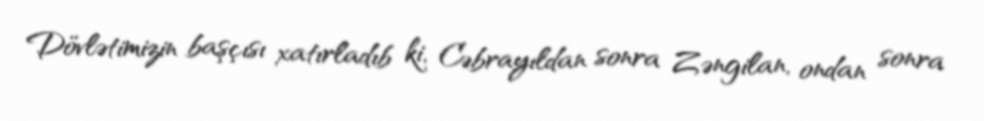
Dövlətimizin başçısı xatırladıb ki, Cəbrayıldan sonra Zəngilan, ondan sonra